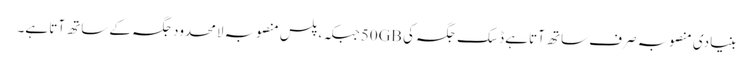
بنیادی منصوبہ صرف ساتھ آتا ہے ڈسک جگہ کی 50GBجبکہ ، پلس منصوبہ لامحدود جگہ کے ساتھ آتا ہے۔